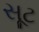
સૂટ